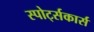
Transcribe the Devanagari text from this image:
स्पोर्ट्सकार्स